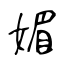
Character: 媚